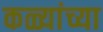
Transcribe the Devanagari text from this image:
कळ्यांच्या